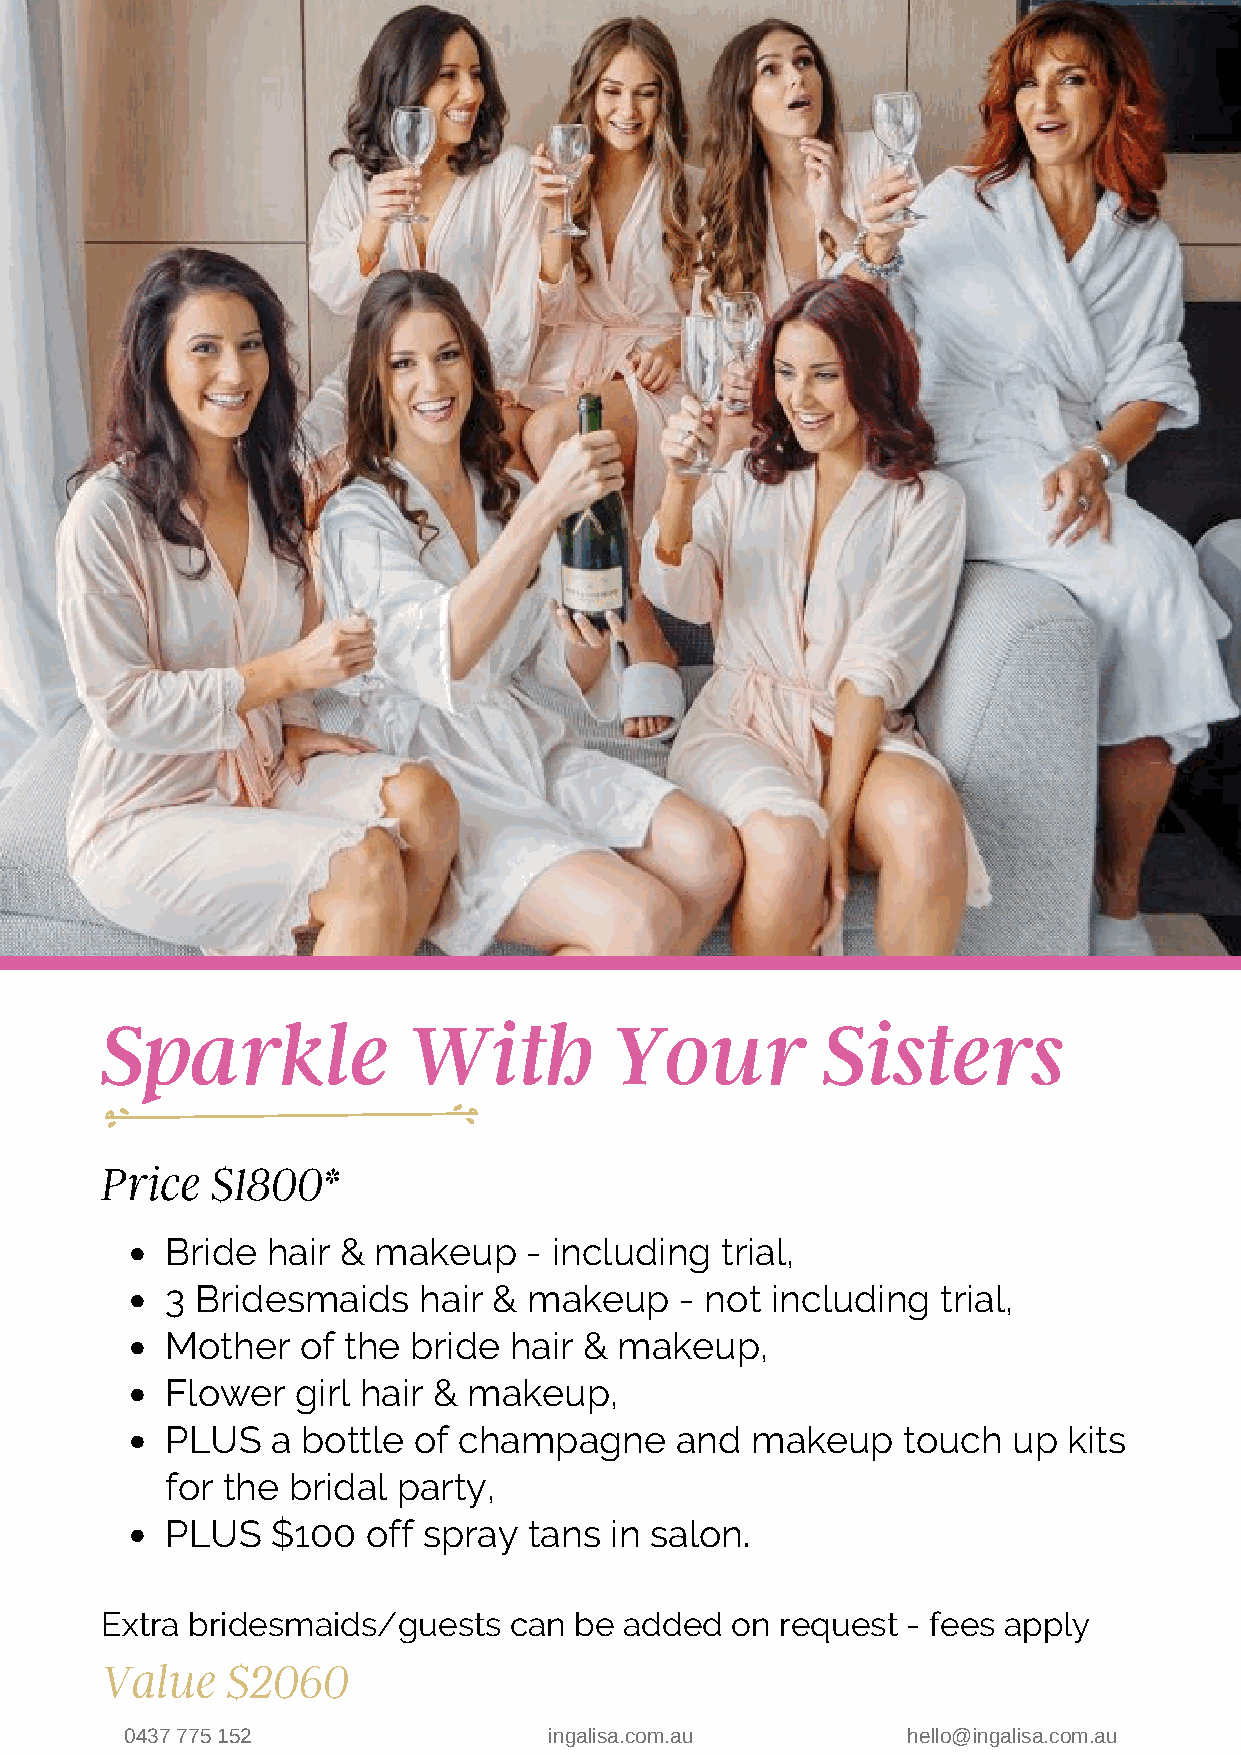
Sparkle             With         Your          Sisters
 Price  $1800*
 Bride  hair & makeup    - including  trial,
 3 Bridesmaids    hair & makeup    - not including  trial,
 Mother   of the bride  hair & makeup,
 Flower   girl hair & makeup,
 PLUS   a bottle of champagne      and  makeup    touch  up  kits
 for the bridal party,
 PLUS   $100  off spray  tans in salon.
 Extra bridesmaids/guests   can be added  on  request - fees apply
 Value   $2060
 0437 775 152                ingalisa.com.au         hello@ingalisa.com.au